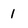
Character: I